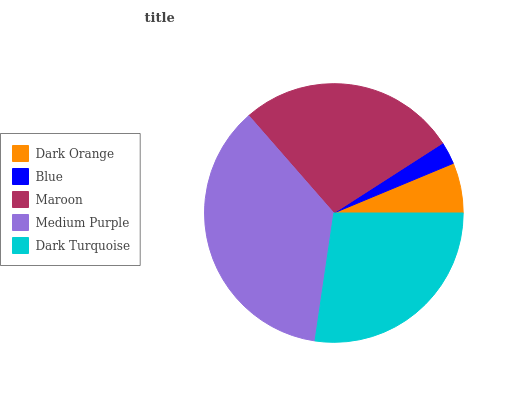
| Dark Orange | Blue | Maroon | Medium Purple | Dark Turquoise |
 | --- | --- | --- | --- | --- |
 | 6.26% | 2.81% | 27.3% | 36.2% | 27.3% |